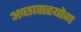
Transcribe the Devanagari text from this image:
अच्छासहयोग